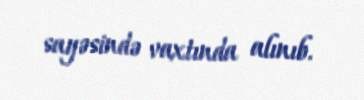
sayəsində vaxtında alınıb.